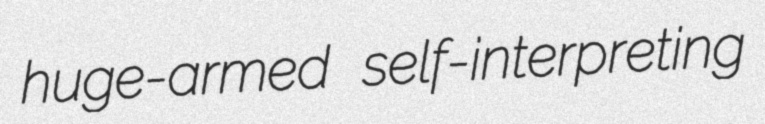
huge-armed self-interpreting